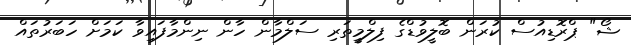
ޝޯ" ޕްރޮޑިއުސް ކުރަން ބޮލީވުޑްގެ ފިލްމީތަރި ސަލްމާން ހާން ނިންމާފައިވާ ކަމަށް ހަބަރުތައް